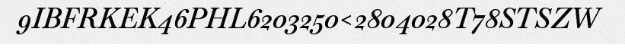
9IBFRKEK46PHL6203250<2804028T78STSZW